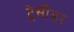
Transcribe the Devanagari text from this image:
ट्रेसीडर